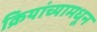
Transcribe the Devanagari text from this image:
क्रियांच्यामधून